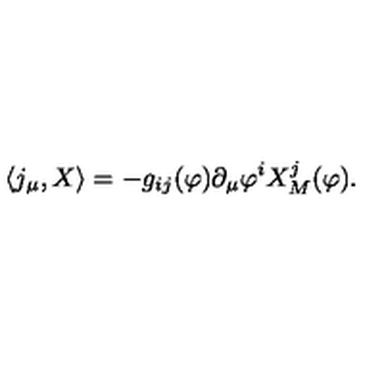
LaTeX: \langle j _ { \mu } , X \rangle = - g _ { i j } ( \varphi ) \partial _ { \mu } \varphi ^ { i } X _ { M } ^ { j } ( \varphi ) .